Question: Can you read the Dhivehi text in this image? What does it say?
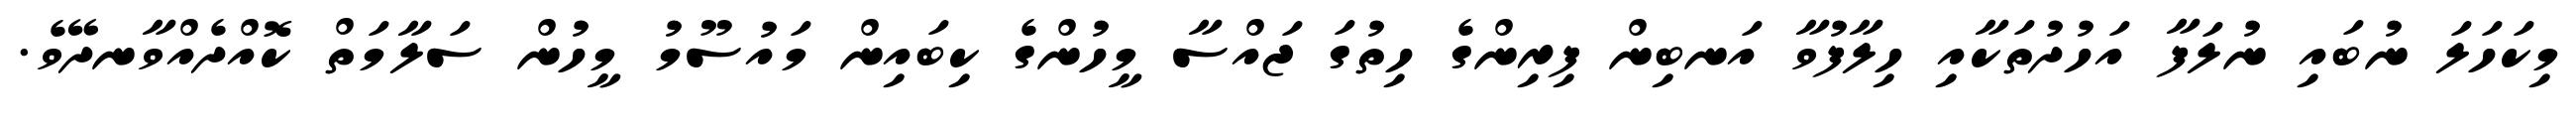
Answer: މިކަހަލަ ނުބައި ނުލަފާ އަހުދުތަކާއި ހިލާފުވާ އަނބިން ފިރިންގެ ހިތުގަ ޖައްސާ މީހުންގެ ކިބައިން މައުސޫމު މީހުން ސަލާމަތް ކޮއްދެއްވާނދޭވެ.